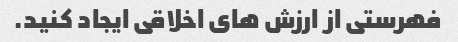
فهرستی از ارزش های اخلاقی ایجاد کنید.